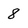
Character: 8